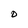
Character: 0